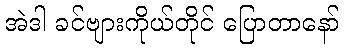
အဲဒါ ခင်ဗျားကိုယ်တိုင် ပြောတာနော်